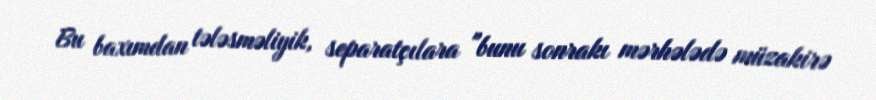
Bu baxımdan tələsməliyik, separatçılara "bunu sonrakı mərhələdə müzakirə